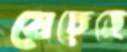
যেচেছে